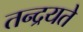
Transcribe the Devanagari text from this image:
तन्द्रयते